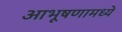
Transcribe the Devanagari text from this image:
आभूषणामध्ये